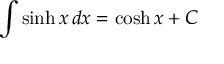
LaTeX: \int \sinh x \, d x = \cosh x + C